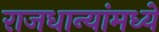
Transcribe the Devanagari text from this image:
राजधान्यांमध्ये